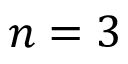
n = 3